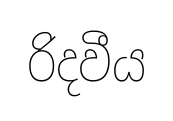
රිදවීය